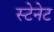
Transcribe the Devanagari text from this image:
स्टेनेट